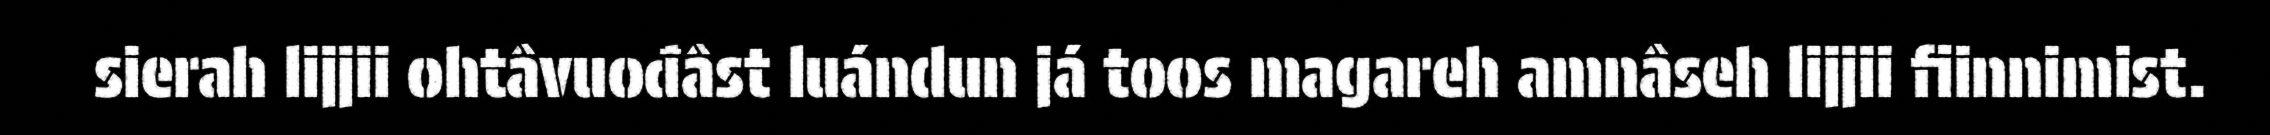
sierah lijjii ohtâvuođâst luándun já toos magareh amnâseh lijjii fiinnimist.